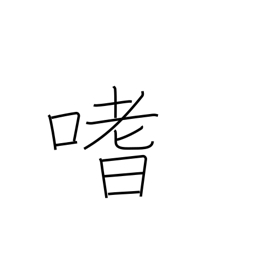
Meaning: like